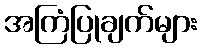
အကြံပြုချက်များ